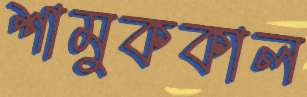
শামুককাল